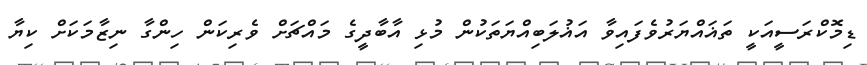
ޑިމޮކްރަސީއަކީ ތަޣައްޔަރުވެފައިވާ އަޣުލަބިއްޔަތަކުން މުޅި އާބާދީގެ މައްޗަށް ވެރިކަން ހިންގާ ނިޒާމަކަށް ކިޔާ